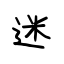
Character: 迷